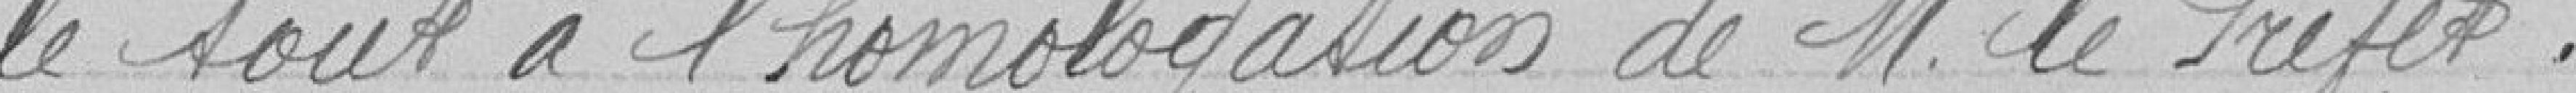
le tout à l'homologation de M. le Préfet.